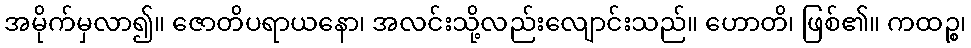
အမိုက်မှလာ၍။ ဇောတိပရာယနော၊ အလင်းသို့လည်းလျောင်းသည်။ ဟောတိ၊ ဖြစ်၏။ ကထဉ္စ၊